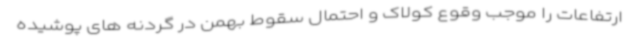
ارتفاعات را موجب وقوع کولاک و احتمال سقوط بهمن در گردنه های پوشیده